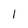
Character: 1